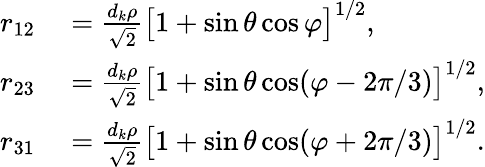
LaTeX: \begin{array}{rl}{r_{12}}&{{}=\frac{d_{k}\rho}{\sqrt{2}}\big[1+\sin\theta\cos\varphi\big]^{1/2},}\\ {r_{23}}&{{}=\frac{d_{k}\rho}{\sqrt{2}}\big[1+\sin\theta\cos(\varphi-2\pi/3)\big]^{1/2},}\\ {r_{31}}&{{}=\frac{d_{k}\rho}{\sqrt{2}}\big[1+\sin\theta\cos(\varphi+2\pi/3)\big]^{1/2}.}\end{array}